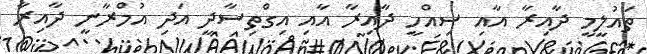
ތައުލީމީ ދާއިރާ އާއި ސިއްހީ ދާއިރާ އާއި އިގްތިސާދީ އަދި އުމްރާނީ ދާއިރާ